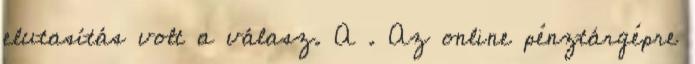
elutasítás volt a válasz. A . Az online pénztárgépre